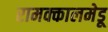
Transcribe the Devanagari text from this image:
रामक्कालमेडू